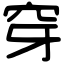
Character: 穿